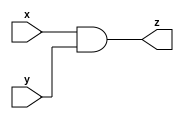
module andgate(z,x,y);
output z;
input x;
input y;
wire w;
nand(w,x,y);
nand(z,w,w);
endmodule